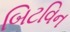
બિટવિન